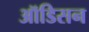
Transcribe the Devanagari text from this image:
ऑडिसन